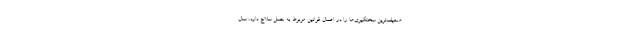
ضعیف‌ترین سختگیری‌ها را در اعمال قوانین مربوط به حمل سلاح دارد، سال